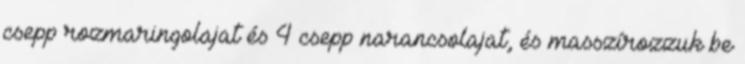
csepp rozmaringolajat és 4 csepp narancsolajat, és masszírozzuk be